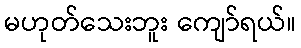
မဟုတ်သေးဘူး ကျော်ရယ်။